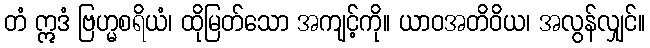
တံ ဣဒံ ဗြဟ္မစရိယံ၊ ထိုမြတ်သော အကျင့်ကို။ ယာဝအတိဝိယ၊ အလွန်လျှင်။